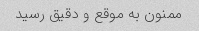
ممنون به موقع و دقیق رسید